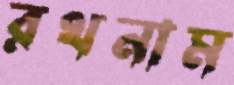
রথনাম